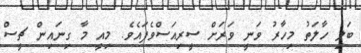
ބަލި ހާލަތު މިހާރު ވަނީ ވަރަށް ސީރިއަސްވެފައެވެ. މިއީ މާ ގިނައިން ޗީސް